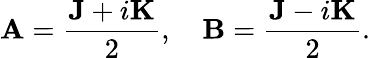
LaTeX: \mathbf{A}={\frac{\mathbf{J}+i\mathbf{K}}{2}},\quad\mathbf{B}={\frac{\mathbf{J}-i\mathbf{K}}{2}}.